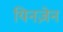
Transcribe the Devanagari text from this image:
यिनज़ेन